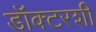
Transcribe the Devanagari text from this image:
डॉक्टरशी